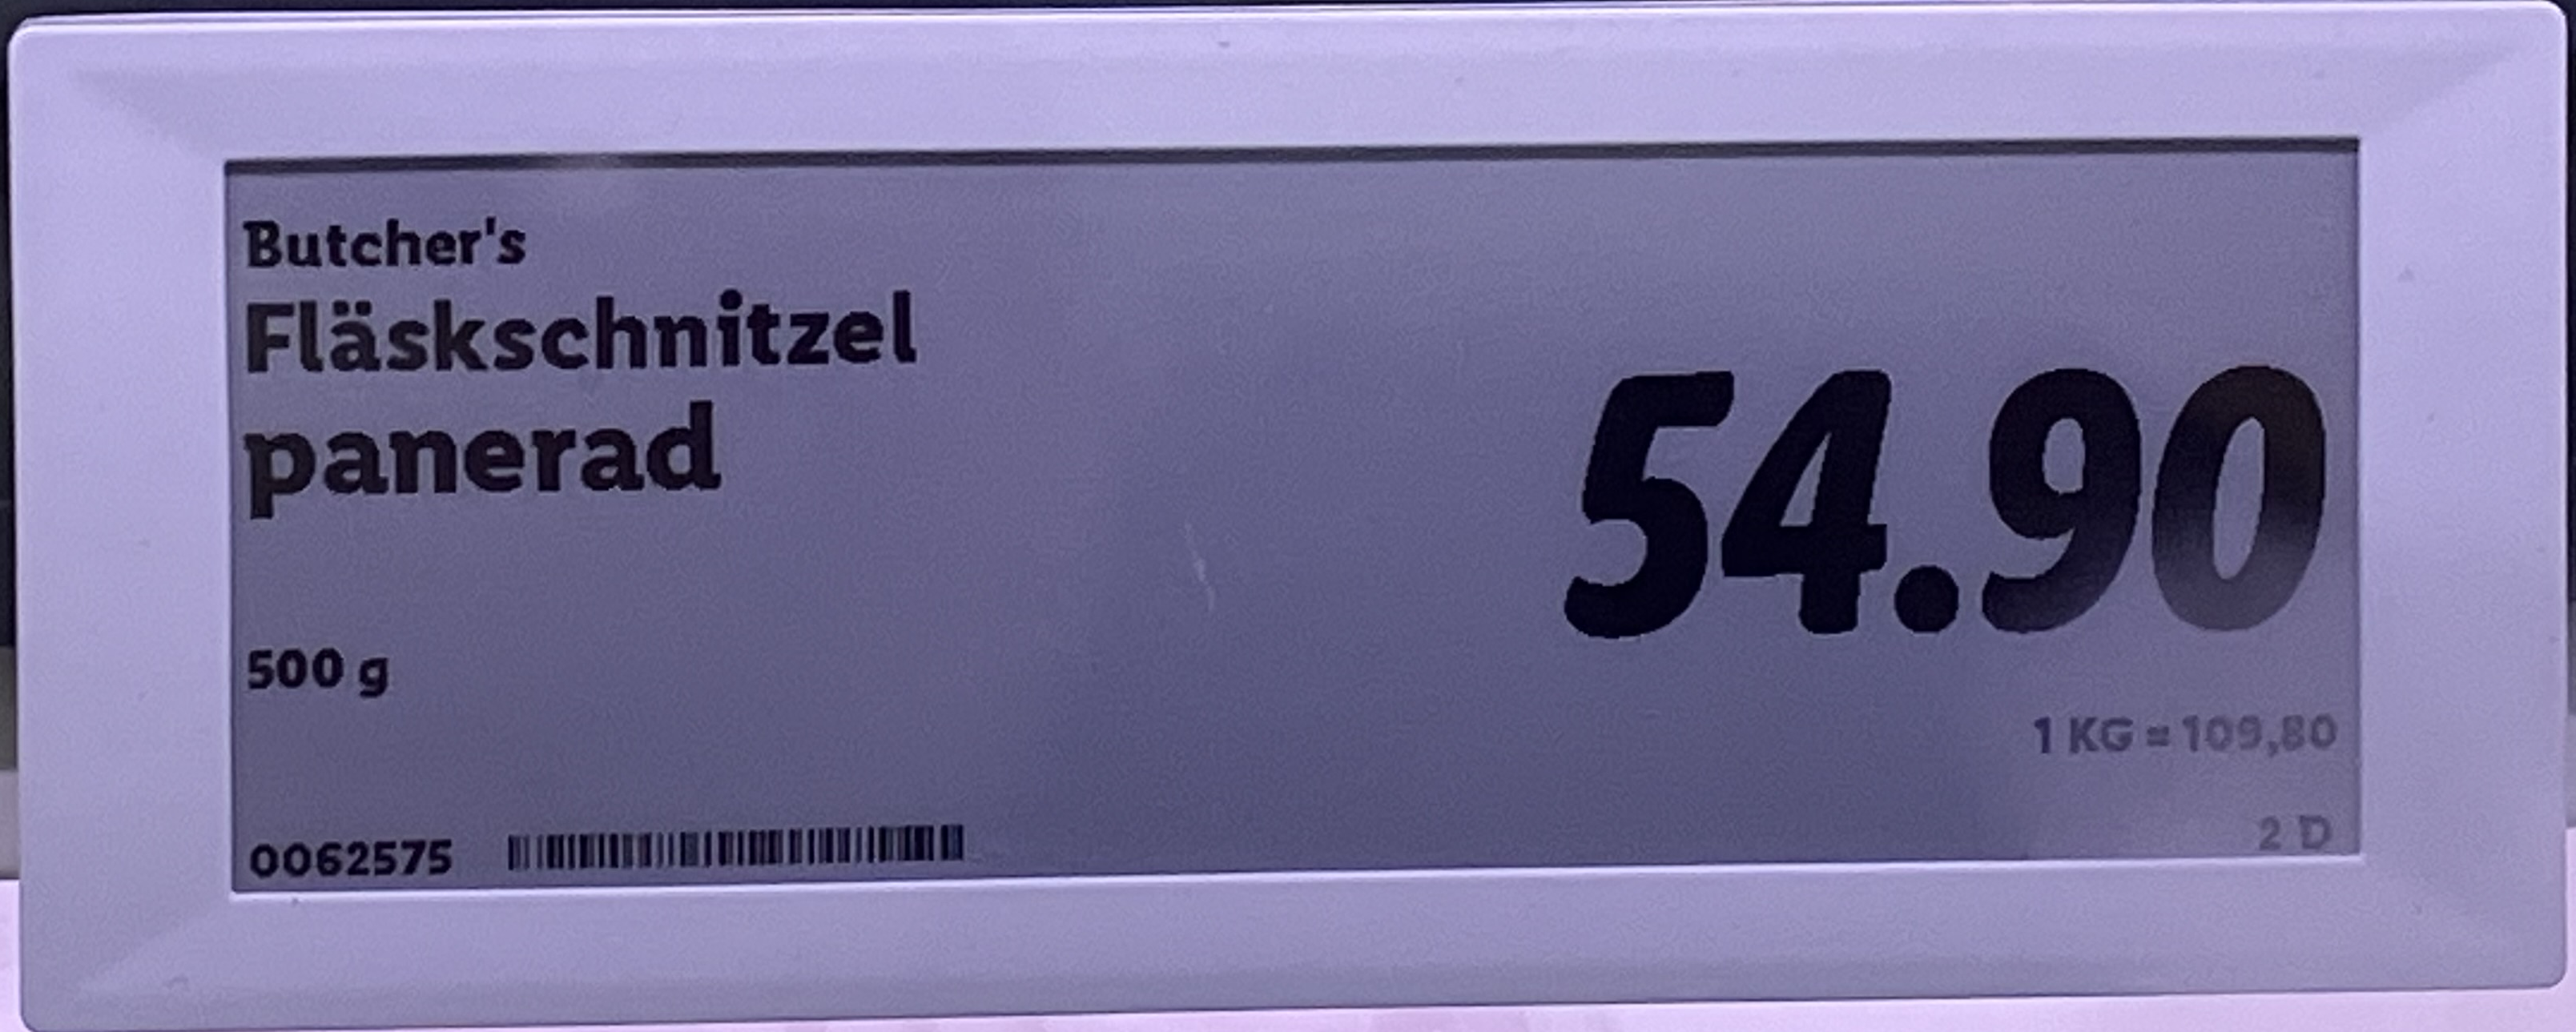
Vara: Fläskschnitzel
Genomsnittspris: 109.8 per kg